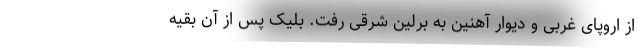
از اروپای غربی و دیوار آهنین به برلین شرقی رفت. بلیک پس از آن بقیه